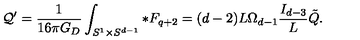
{ \cal Q } ^ { \prime } = { \frac { 1 } { 1 6 \pi G _ { D } } } \int _ { S ^ { 1 } \times S ^ { d - 1 } } * F _ { q + 2 } = ( d - 2 ) L \Omega _ { d - 1 } { \frac { I _ { d - 3 } } { L } } \tilde { Q } .